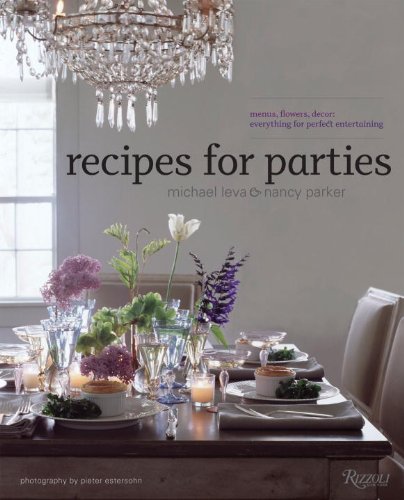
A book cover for Recipes for Parties: Menus, Flowers, Decor: Everything for Perfect Entertaining; Nancy Parker; Cookbooks, Food & Wine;